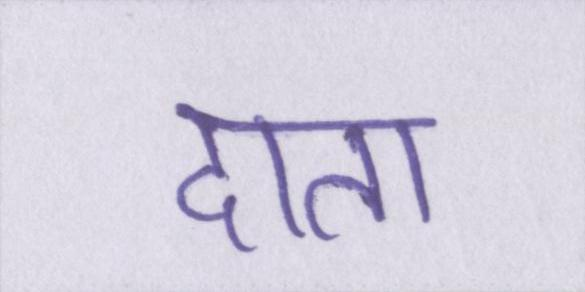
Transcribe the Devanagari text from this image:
दाता